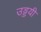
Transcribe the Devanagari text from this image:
उड्डयी